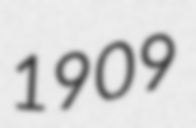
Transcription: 1909